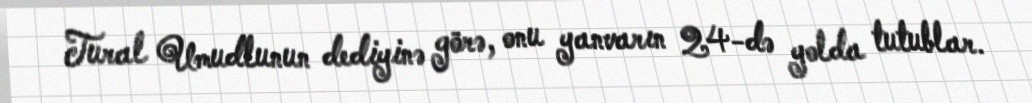
Tural Umudlunun dediyinə görə, onu yanvarın 24-də yolda tutublar.